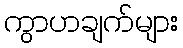
ကွာဟချက်များ